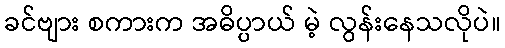
ခင်ဗျား စကားက အဓိပ္ပာယ် မဲ့ လွန်းနေသလိုပဲ။